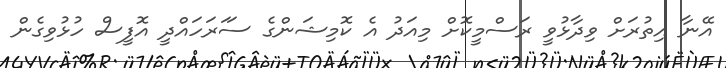
އޭނާ އިތުރަށް ވިދާޅުވީ ރަސްމީކޮށް މިއަދު އެ ކޮމިޝަންގެ ސަަރަހައްދީ އޮފީސް ހުޅުވިގެން